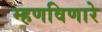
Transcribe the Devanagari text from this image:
म्हणविणारे